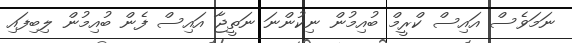
ނަމަވެސް އައިސް ކްރީމް ބުއިމުން ނިކުންނަ ނަތީޖާ އައިސް ފެން ބުއިމުން ލިބިފައި